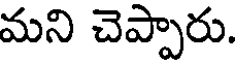
మని చెప్పారు.